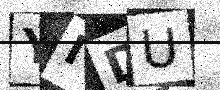
Text: YIDU